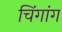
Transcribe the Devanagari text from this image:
चिंगांग